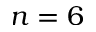
n = 6